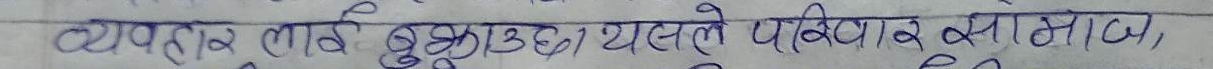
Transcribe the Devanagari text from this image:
व्यापारलाई बुझाउछ। यसले परिवार समाज,